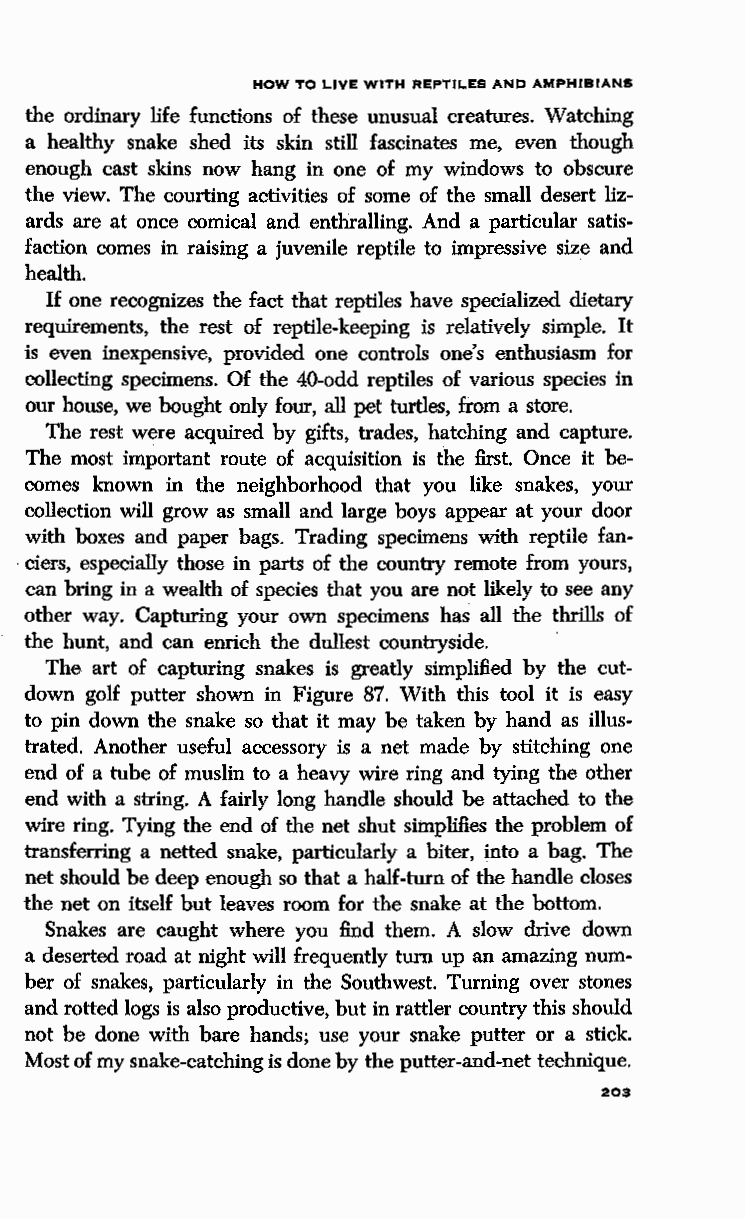
HOW TO LIVE WITH REPTILES AND AMPHIBIANS
 the ordinary life functions of these unusual creatures. Watching
 a healthy snake shed its skin still fascinates me, even though
 enough cast skins now hang in one of my windows to obscure
 the view. The courting activities of some of the small desert liz
 ards are at once comical and enthralling. And a particular satis
 faction comes in raising a juvenile reptile to impressive size and
 health.
 If one recognizes the fact that reptiles have specialized dietary
 requirements, the rest of reptile-keeping is relatively simple. It
 is even inexpensive, provided one controls one's enthusiasm for
 collecting specimens. Of the 40-odd reptiles of various species in
 our house, we bought only four, all pet turtles, from a store.
 The rest were acquired by gifts, trades, hatching and capture.
 The most important route of acquisition is the first. Once it be
 comes known in the neighborhood that you like snakes, your
 collection will grow as small and large boys appear at your door
 with boxes and paper bags. Trading specimens with reptile fan-
 . ciers, especially those in parts of the country remote from yours,
 can bring in a wealth of species that you are not likely to see any
 other way. Capturing your own specimens has all the thrills of
 the hunt, and can enrich the dullest countryside.
 The art of capturing snakes is greatly simplified by the cut
 down golf putter shown in Figure 87. With this tool it is easy
 to pin down the snake so that it may be taken by hand as illus
 trated. Another useful accessory is a net made by stitching one
 end of a tube of muslin to a heavy wire ring and tying the other
 end with a string. A fairly long handle should be attached to the
 wire ring. Tying the end of the net shut simplifies the problem of
 transferring a netted snake, particularly a biter, into a bag. The
 net should be deep enough so that a half-turn of the handle closes
 the net on itself but leaves room for the snake at the bottom.
 Snakes are caught where you find them. A slow drive down
 a deserted road at night will frequently turn up an amazing num
 ber of snakes, particularly in the Southwest. Turning over stones
 and rotted logs is also productive, but in rattler country this should
 not be done with bare hands; use your snake putter or a stick.
 Most of my snake-catching is done by the putter-and-net technique.
 203